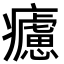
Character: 𤻱